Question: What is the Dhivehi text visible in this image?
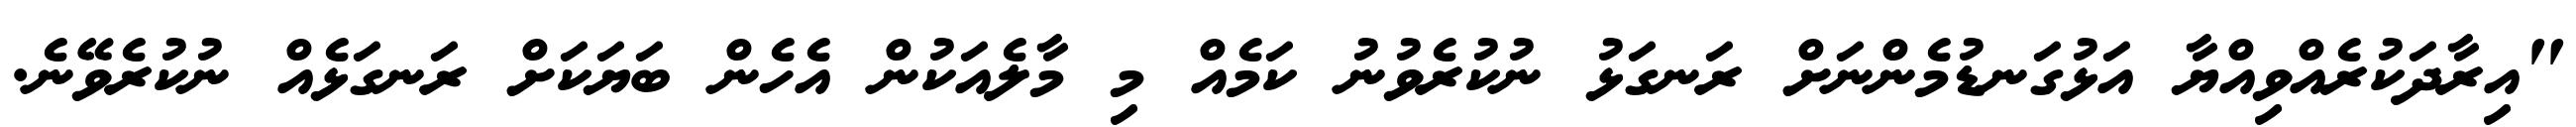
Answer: "އިރާދަކުރެއްވިއްޔާ އަޅުގަނޑުމެންނަށް ރަނގަޅު ނުކުރެވުނު ކަމެއް މި މާލެއަކުން އެހެން ބަޔަކަށް ރަނގަޅެއް ނުކުރެވޭނެ.